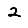
Digit: 2